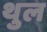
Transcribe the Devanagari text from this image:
थुल